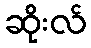
ဆိုးလ်